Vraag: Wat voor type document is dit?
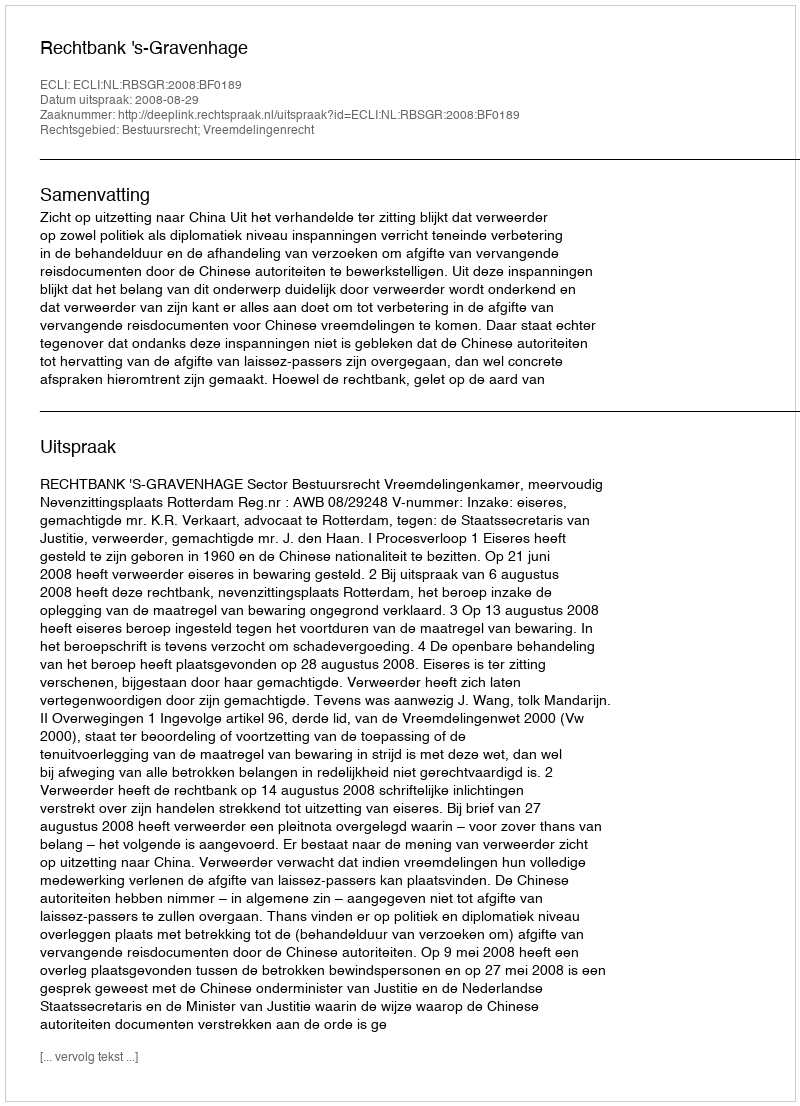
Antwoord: Uitspraak